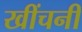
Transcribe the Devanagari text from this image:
खींचनी